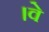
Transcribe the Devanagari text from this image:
।वे